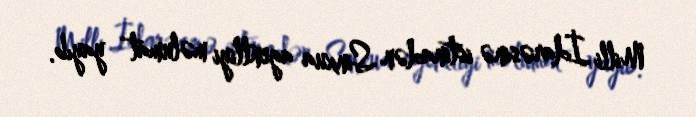
Milli İdarəsinə istinadən Sinxua agentliyi məlumat yayıb.